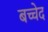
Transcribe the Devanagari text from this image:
बच्चेद